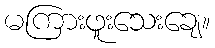
မကြားဖူးသေးချေ။